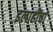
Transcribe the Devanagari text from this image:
इलाहींचा